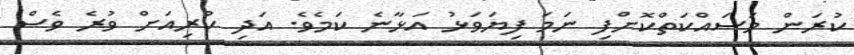
ކުރަން މަސައްކަތްކޮށްފި ނަމަ ފިޔަވަޅު އަޅާނެ ކަމެވެ. އަދި ކުރިއަށް ވުރެ ވެސް